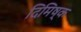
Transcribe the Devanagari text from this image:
दिमिष्क